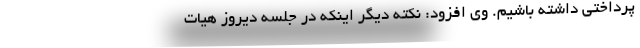
پرداختی داشته باشیم. وی افزود: نکته دیگر اینکه در جلسه دیروز هیات